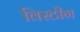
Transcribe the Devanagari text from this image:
विस्टीग